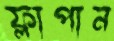
ফ্লাপান